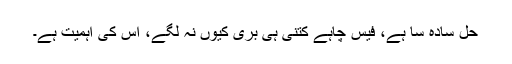
حل سادہ سا ہے، فیس چاہے کتنی ہی بری کیوں نہ لگے، اس کی اہمیت ہے۔